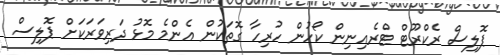
ޕޮލިސް ރެކްރޫޓް ޓްރެއިނިން ކޯހުން ހުރިހާ ގޮތަކުން އެންމެ މޮޅު ދަރިވަރަކަށް ޕޮލިސް